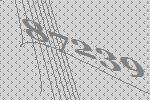
87239